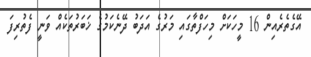
އޭގެތެރެއިން 16 މީހަކަށް މިހަފްތާގައި މަރުގެ އަދަބު ދޭނެކަމުގެ ޚަބަރުތަކެއް ވަނީ ފެތުރިފަ